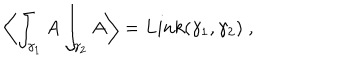
\left\langle \int _ { \gamma _ { 1 } } A \int _ { \gamma _ { 2 } } A \right\rangle = L i n k ( \gamma _ { 1 } , \gamma _ { 2 } ) \; ,